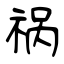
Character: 祸